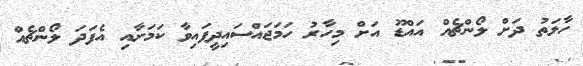
ހާލަތު ދަށް ލޯންޗެއް އައްޑޫ އަށް މިހާރު ހަމަޖައްސައިދީފައިވާ ކަމަށާއި އެފަދަ ލޯންޗެއް